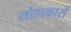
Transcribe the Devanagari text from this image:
लोहाकारों